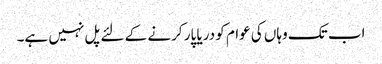
اب تک وہاں کی عوام کو دریا پار کرنے کے لئے پل نہیں ہے۔